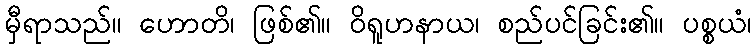
မှီရာသည်။ ဟောတိ၊ ဖြစ်၏။ ဝိရူဟနာယ၊ စည်ပင်ခြင်း၏။ ပစ္စယံ၊